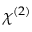
\chi ^ { ( 2 ) }